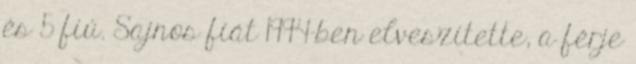
és 5 fiú. Sajnos fiát 1994-ben elveszítette, a férje